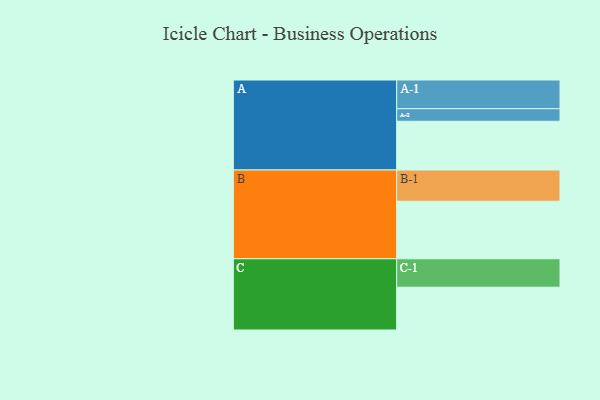
{"axis": {"x": "Segment", "y": "Value"}, "legend": ["", "A", "B", "C"], "data": [{"x": "A", "y": 353, "type": ""}, {"x": "B", "y": 417, "type": ""}, {"x": "C", "y": 310, "type": ""}, {"x": "A-1", "y": 208, "type": "A"}, {"x": "A-2", "y": 91, "type": "A"}, {"x": "B-1", "y": 226, "type": "B"}, {"x": "C-1", "y": 206, "type": "C"}]}